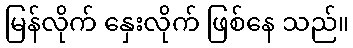
မြန်လိုက် နှေးလိုက် ဖြစ်နေ သည်။